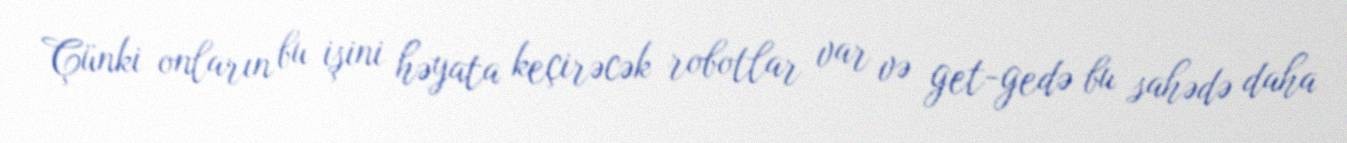
Çünki onların bu işini həyata keçirəcək robotlar var və get-gedə bu sahədə daha